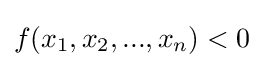
f(x_{1},x_{2},...,x_{n})<0